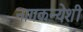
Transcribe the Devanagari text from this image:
नागकन्येशी